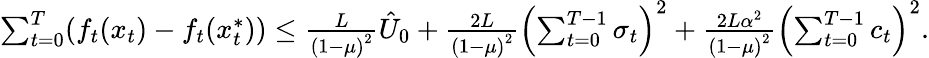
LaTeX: \begin{array}{r}{\sum_{t=0}^{T}(f_{t}(x_{t})-f_{t}(x_{t}^{*}))\leq\frac{L}{\left(1-\mu\right)^{2}}\hat{U}_{0}+\frac{2L}{\left(1-\mu\right)^{2}}\left(\sum_{t=0}^{T-1}\sigma_{t}\right)^{2}+\frac{2L\alpha^{2}}{\left(1-\mu\right)^{2}}\left(\sum_{t=0}^{T-1}c_{t}\right)^{2}.}\end{array}